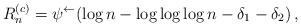
LaTeX: \begin{align*} R_n^{(c)} = \psi^{\leftarrow } (\log n - \log \log \log n - \delta_1 - \delta_2)\,,\end{align*}